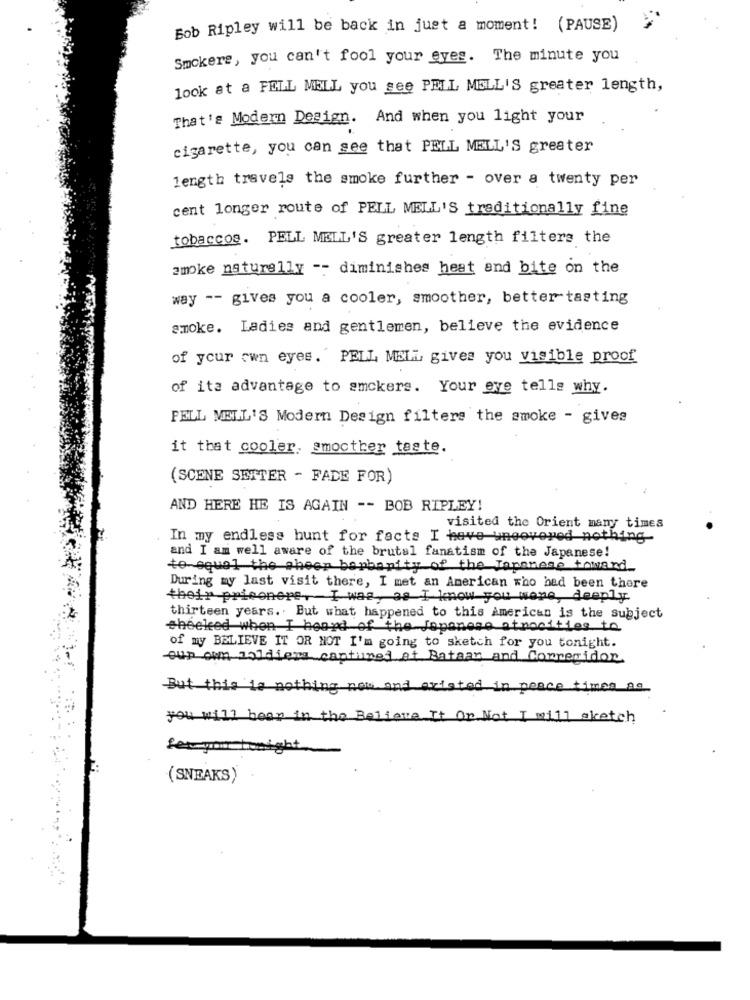
Bob Ripley will be back in just a moment! (PAUSE)
Smokers, you can't fool your eyes. The minute you
look at a FELL MELL you see PELL MELL'S greater length,
That's Modern Design. And when you light your
cigarette, you can see that PELL MELL'S greater
length travels the smoke further - over a twenty per
cent longer route of PELL MELL'S traditionally fine
tobaccos. PELL MELL'S greater length filters the
smoke naturally -- diminishes heat and bite on the
way -- gives you a cooler, smoother, better tasting
smoke. Ladies and gentlemen, believe the evidence
of your own eyes. PELL MELL gives you visible proof
of ita advantage to amckers. Your ove telle why.
FELL MEL'S Modern Design filters the smoke - gives
it that cooler. smoother taste.
(SCENE SETTER - FADE FOR)
AND HERE HE IS AGAIN -- BOB RIPLEY!
visited the Orient many times
In my endless hunt for facts I have uncovered nothing
and I am well aware of the brutal fanatism of the Japanese!
to equal the sheer barbarity of the Japanese toward
During my last visit there, I met an American who had been there
their prieonere, I was, as I know you wone, deeply
thirteen years .. But what happened to this American is the subject
sheeled when I heard of the Japanese atrocities to
of my BELIEVE IT OR NOT I'm going to sketch for you tonight.
cur cum soldiers captured at Bataan and Corregidor.
But this is nothing now and aristed in peace times ag
you will been in the Believe It Or Not I will sketch
fet your tonight.
(SNEAKS)